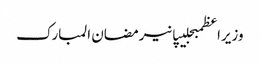
وزیراعظمبجلیپانیرمضان المبارک